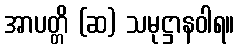
အာပတ္တိ (ဆ) သမုဋ္ဌာနဝါရ။